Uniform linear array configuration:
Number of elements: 32
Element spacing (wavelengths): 0.75
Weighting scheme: uniform
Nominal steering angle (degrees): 45
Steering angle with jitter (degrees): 43.681
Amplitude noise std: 0.05
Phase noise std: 0.05

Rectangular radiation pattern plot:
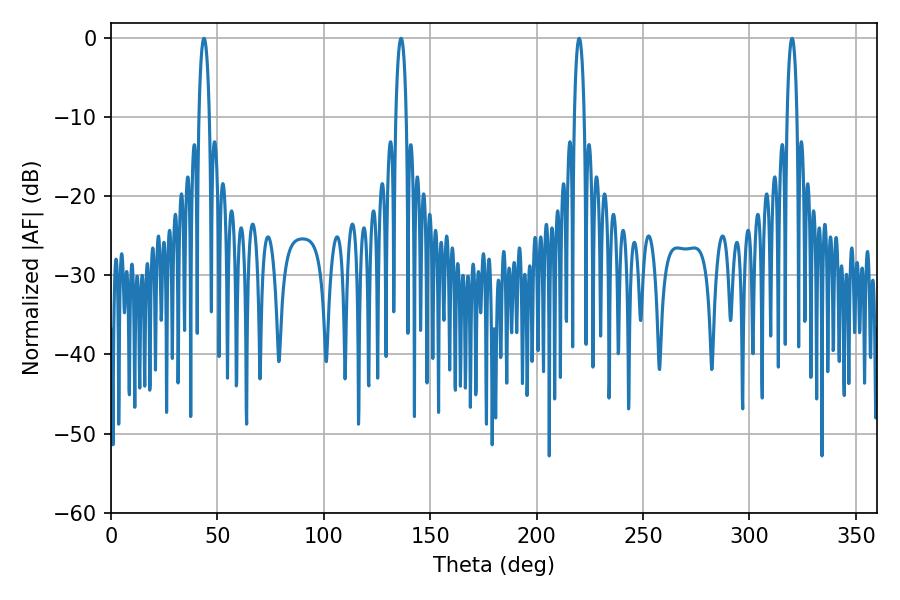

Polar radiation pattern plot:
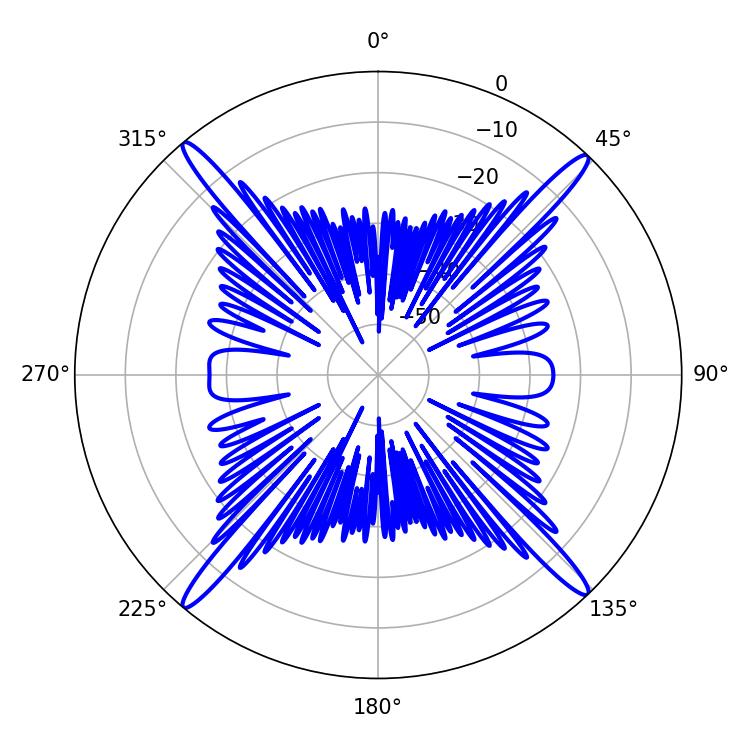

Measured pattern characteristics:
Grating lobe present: TRUE
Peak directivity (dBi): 23.272
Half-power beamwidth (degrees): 2.52
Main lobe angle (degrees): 219.96